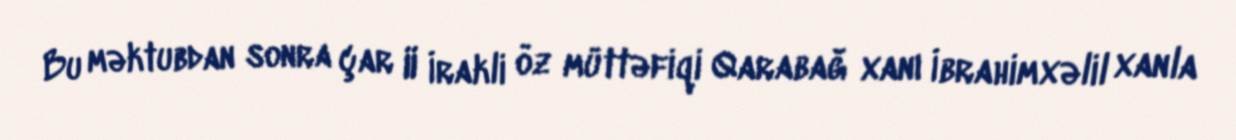
Bu məktubdan sonra çar II İrakli öz müttəfiqi Qarabağ xanı İbrahimxəlil xanla